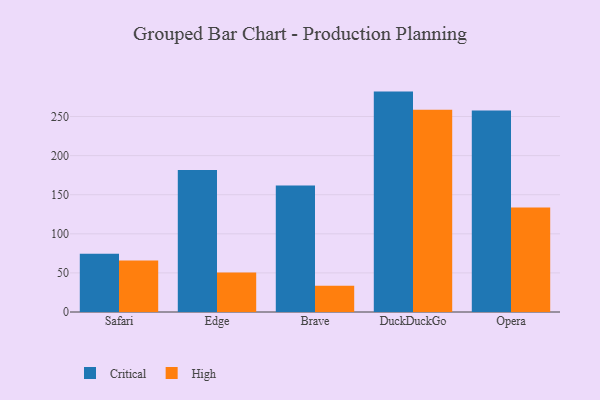
{"axis": {"x": "Browser", "y": "Backlog"}, "legend": ["Critical", "High"], "data": [{"x": "Safari", "y": 74.6, "type": "Critical"}, {"x": "Safari", "y": 65.9, "type": "High"}, {"x": "Edge", "y": 181.7, "type": "Critical"}, {"x": "Edge", "y": 50.6, "type": "High"}, {"x": "Brave", "y": 161.9, "type": "Critical"}, {"x": "Brave", "y": 33.5, "type": "High"}, {"x": "DuckDuckGo", "y": 281.9, "type": "Critical"}, {"x": "DuckDuckGo", "y": 258.6, "type": "High"}, {"x": "Opera", "y": 257.7, "type": "Critical"}, {"x": "Opera", "y": 133.7, "type": "High"}]}